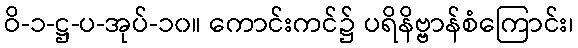
ဝိ-၁-ဋ္ဌ-ပ-အုပ်-၁၀။ ကောင်းကင်၌ ပရိနိဗ္ဗာန်စံကြောင်း၊